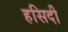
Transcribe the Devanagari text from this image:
हसिदी